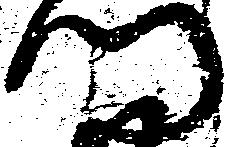
門